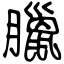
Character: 臘